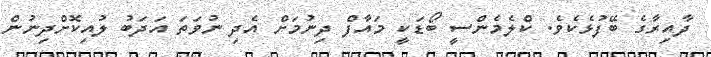
ދާއިރާގެ ބޭފުޅެކެވެ. ކްލެމެންސީ ބޯޑަކީ މައާފް ދިނުމަށް އެދި ނުވަތަ އަދަބު ލުއިކޮށްދިނުން